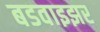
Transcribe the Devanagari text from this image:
बडवाइझर